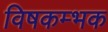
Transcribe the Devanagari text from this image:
विषकम्भक